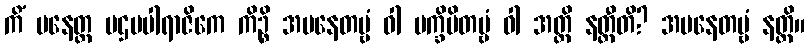
ကိံ ပနေတ္ထ ပဌမပါရာဇိကေ ကိဉ္စိ အပနေတဗ္ဗံ ဝါ ပက္ခိပိတဗ္ဗံ ဝါ အတ္ထိ နတ္ထီတိ? အပနေတဗ္ဗံ နတ္ထိ။